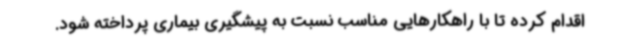
اقدام کرده تا با راهکارهایی مناسب نسبت به پیشگیری بیماری پرداخته شود.